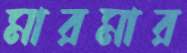
মারমার